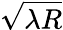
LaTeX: \sqrt{\lambda R}